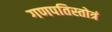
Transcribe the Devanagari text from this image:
गणपतिस्तोत्रं